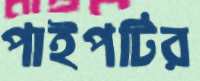
পাইপটির